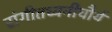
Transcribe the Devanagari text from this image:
संगीतध्वनीचौर्य